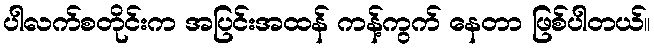
ပါလက်စတိုင်းက အပြင်းအထန် ကန့်ကွက် နေတာ ဖြစ်ပါတယ်။